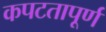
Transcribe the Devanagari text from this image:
कपटतापूर्ण